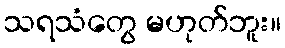
သရသံတွေ မဟုတ်ဘူး။